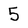
Character: 5